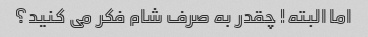
اما البته! چقدر به صرف شام فکر می کنید؟